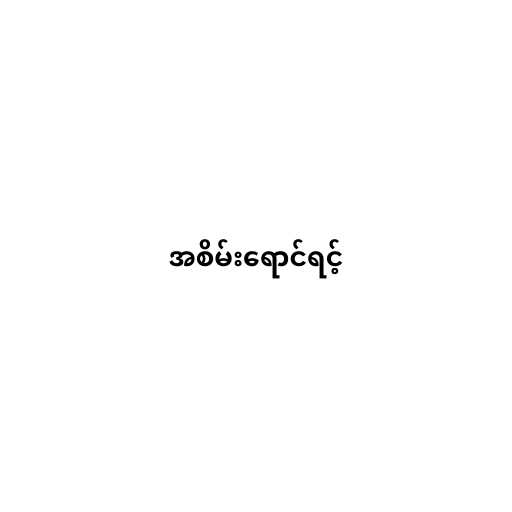
အစိမ်းရောင်ရင့်